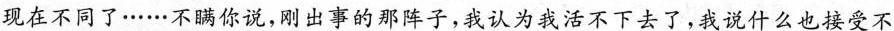
现在不同了……不瞒你说，刚出事的那阵子，我认为我活不下去了，我说什么也接受不